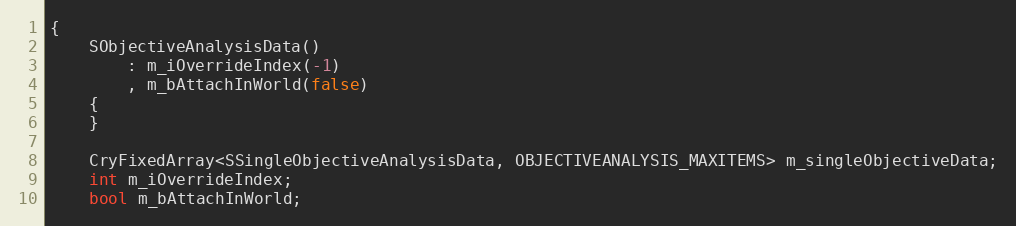
Language: C
{
	SObjectiveAnalysisData()
		: m_iOverrideIndex(-1)
		, m_bAttachInWorld(false)
	{
	}

	CryFixedArray<SSingleObjectiveAnalysisData, OBJECTIVEANALYSIS_MAXITEMS> m_singleObjectiveData;
	int m_iOverrideIndex;
	bool m_bAttachInWorld;